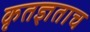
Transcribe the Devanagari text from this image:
कृतज्ञताच